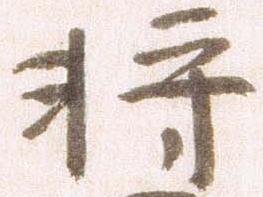
将